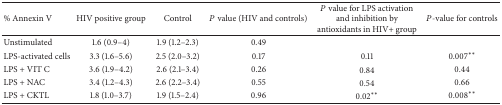
| % Annexin V | HIV positive group | Control | P value (HIV and controls) | P value for LPS activation and inhibition by antioxidants in HIV+ group | P-value for controls |
 | --- | --- | --- | --- | --- | --- |
 | Unstimulated | 1.6 (0.9–4) | 1.9 (1.2–2.3) | 0.49 |  |  |
 | LPS-activated cells | 3.3 (1.6–5.6) | 2.5 (2.0–3.2) | 0.17 | 0.11 | 0.007** |
 | LPS + VIT C | 3.6 (1.9–4.2) | 2.6 (2.1–3.4) | 0.26 | 0.84 | 0.44 |
 | LPS + NAC | 3.4 (1.2–4.3) | 2.6 (2.2–3.4) | 0.55 | 0.54 | 0.66 |
 | LPS + CKTL | 1.8 (1.0–3.7) | 1.9 (1.5–2.4) | 0.96 | 0.02** | 0.008** |